Notes on vaccination in the North-West Frontier Province 1923-1928 - 1923-1928
Year: 1923
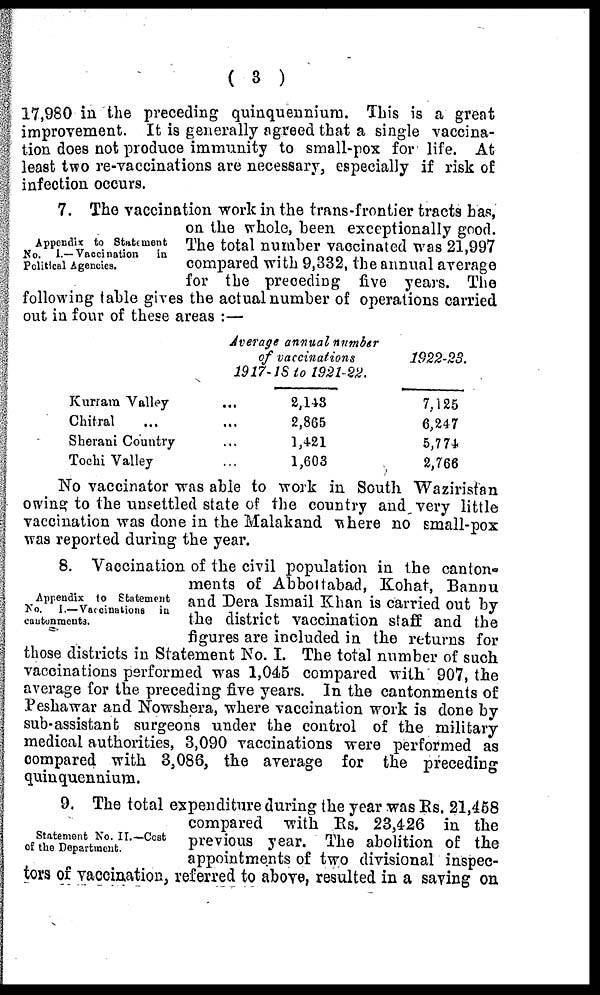
( 3 )
17,980 in the preceding quinquennium. This is a great
improvement. It is generally agreed that a single vaccina-
tion does not produce immunity to small-pox for life. At
least two re-vaccinations are necessary, especially if risk of
infection occurs.
Appendix to Statement
No. I.—Vaccination
in
Political Agencies.
7. The vaccination work in the trans-frontier tracts has,
on the whole, been exceptionally good.
The total number vaccinated was 21,997
compared with 9,332, the annual average
for the preceding five years. The
following table gives the actual number of operations carried
out in four of these areas :—
Kurram Valley ...
Chitral ... ...
Sherani Country ...
Tochi Valley ...
Average annual number
of vaccinations
1917-18 to 1921-22.
2,143
2,865
1,421
1,603
1922-23.
7,125
6,247
5,774
2,766
No vaccinator was able to work in South Waziristan
owing to the unsettled state of the country and very little
vaccination was done in the Malakand where no small-pox
was reported during the year.
Appendix to Statement
No. I.—Vaccinations in
cantonments.
8. Vaccination of the civil population in the canton-
ments of Abbottabad, Kohat, Bannu
and Dera Ismail Khan is carried out by
the district vaccination staff and the
figures are included in the returns for
those districts in Statement No. I. The total number of such
vaccinations performed was 1,045 compared with 907, the
average for the preceding five years. In the cantonments of
Peshawar and Nowshera, where vaccination work is done by
sub-assistant surgeons under the control of the military
medical authorities, 3,090 vaccinations were performed as
compared with 3,086, the average for the preceding
quinquennium.
Statement No. II.—Cost
of the Department.
9. The total expenditure during the year was Rs. 21,458
compared with Rs. 23,426 in the
previous year. The abolition of the
appointments of two divisional inspec-
tors of vaccination, referred to above, resulted in a saving on